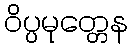
ဝိပ္ပမုတ္တေန